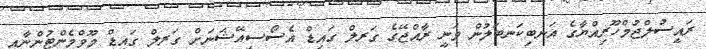
ރައީސުލްޖުމްހޫރިއްޔާގެ އަނބިކަނބަލުން ވަނީ ރާއްޖޭގެ ގަރލް ގައިޑް އެސޯސިއޭޝަނަށް ގަރލް ގައިޑް މޫވްމެންޓުންނާއި